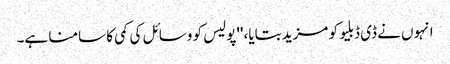
انہوں نے ڈی ڈبلیو کو مزید بتایا، ''پولیس کو وسائل کی کمی کا سامنا ہے۔